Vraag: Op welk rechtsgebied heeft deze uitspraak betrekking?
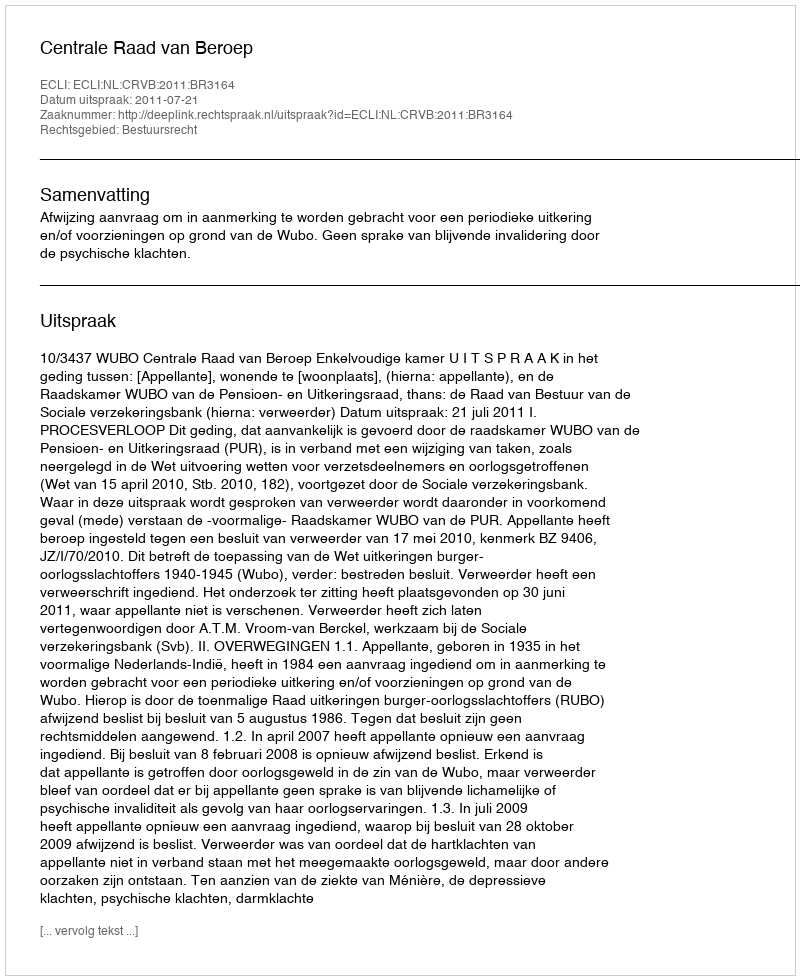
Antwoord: Bestuursrecht